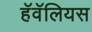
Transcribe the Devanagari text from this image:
हॅवॅलियस